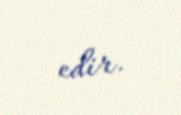
edir.